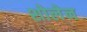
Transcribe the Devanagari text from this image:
शोलेन